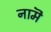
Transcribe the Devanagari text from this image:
नामॆ